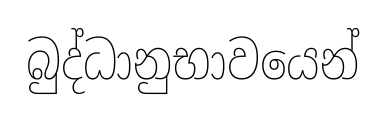
බුද්ධානුභාවයෙන්